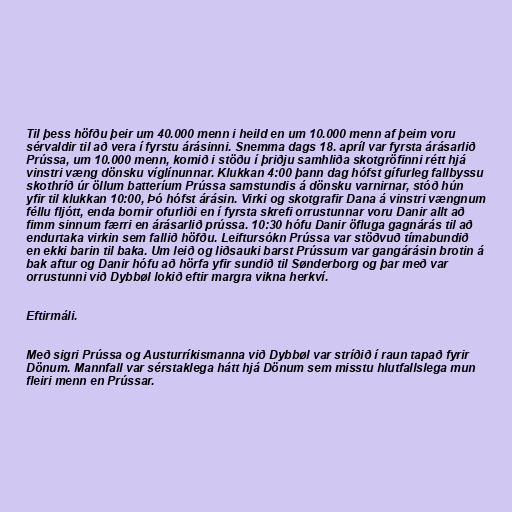
Til þess höfðu þeir um 40.000 menn i heild en um 10.000 menn af þeim voru
sérvaldir til að vera í fyrstu árásinni. Snemma dags 18. apríl var fyrsta árásarlið
Prússa, um 10.000 menn, komið i stöðu í þriðju samhliða skotgröfinni rétt hjá
vinstri væng dönsku víglínunnar. Klukkan 4:00 þann dag hófst gífurleg fallbyssu
skothríð úr öllum batteríum Prússa samstundis á dönsku varnirnar, stóð hún
yfir til klukkan 10:00, Þó hófst árásin. Virki og skotgrafir Dana á vinstri vængnum
féllu fljótt, enda bornir ofurliði en í fyrsta skrefi orrustunnar voru Danir allt að
fimm sinnum færri en árásarlið prússa. 10:30 hófu Danir öfluga gagnárás til að
endurtaka virkin sem fallið höfðu. Leiftursókn Prússa var stöðvuð tímabundið
en ekki barin til baka. Um leið og liðsauki barst Prússum var gangárásin brotin á
bak aftur og Danir hófu að hörfa yfir sundið til Sønderborg og þar með var
orrustunni við Dybbøl lokið eftir margra vikna herkví.

Eftirmáli.

Með sigri Prússa og Austurríkismanna við Dybbøl var stríðið í raun tapað fyrir
Dönum. Mannfall var sérstaklega hátt hjá Dönum sem misstu hlutfallslega mun
fleiri menn en Prússar.